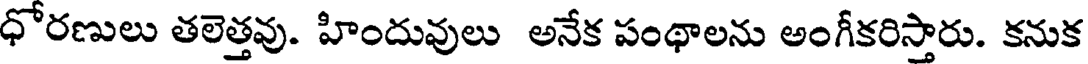
ధోరణులు తలెత్తవు. హిందువులు అనేక పంథాలను అంగీకరిస్తారు. కనుక